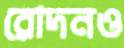
রোদনও